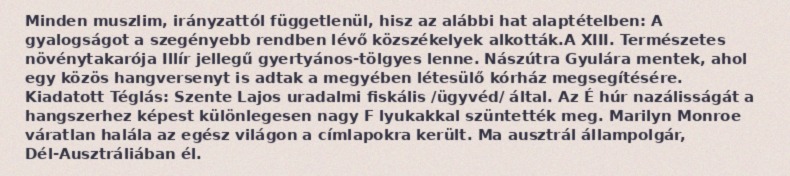
Minden muszlim, irányzattól függetlenül, hisz az alábbi hat alaptételben: A gyalogságot a szegényebb rendben lévő közszékelyek alkották.A XIII. Természetes növénytakarója Illír jellegű gyertyános-tölgyes lenne. Nászútra Gyulára mentek, ahol egy közös hangversenyt is adtak a megyében létesülő kórház megsegítésére. Kiadatott Téglás: Szente Lajos uradalmi fiskális /ügyvéd/ által. Az É húr nazálisságát a hangszerhez képest különlegesen nagy F lyukakkal szüntették meg. Marilyn Monroe váratlan halála az egész világon a címlapokra került. Ma ausztrál állampolgár, Dél-Ausztráliában él.